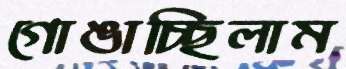
গোঙাচ্ছিলাম